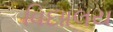
વિદાાલય